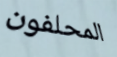
المحلفون